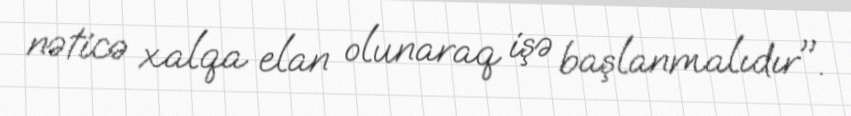
nəticə xalqa elan olunaraq işə başlanmalıdır".